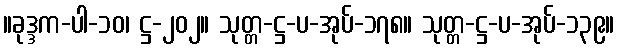
။ခုဒ္ဒက-ပါ-၁၀၊ ဋ္ဌ-၂၀၂။ သုတ္တ-ဋ္ဌ-ပ-အုပ်-၁၇၈။ သုတ္တ-ဋ္ဌ-ပ-အုပ်-၁၃၉။